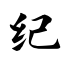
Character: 纪